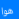
هوا